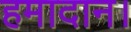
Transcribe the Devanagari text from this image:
हमादान।